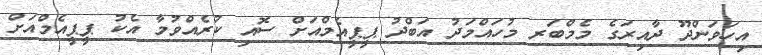
އިހަވަންދޫ ދާއިރަގެ މެމްބަރ މުހައްމަދު އަބްދު ޕީޕީއެމްއަށް ސޮއި ކުރެއްވުމާ އެކު ޕީޕީއެމްއަށް